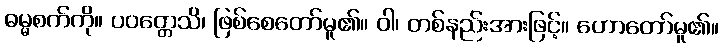
ဓမ္မစက်ကို။ ပဝတ္တေသိ၊ ဖြစ်စေတော်မူ၏။ ဝါ၊ တစ်နည်းအားဖြင့်။ ဟောတော်မူ၏။